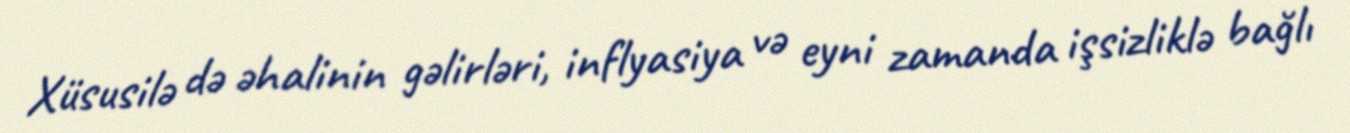
Xüsusilə də əhalinin gəlirləri, inflyasiya və eyni zamanda işsizliklə bağlı